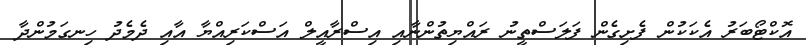
އޮކްޓޯބަރު އެކަކުން ފެށިގެން ފަލަސްތީނު ރައްޔިތުންނާއި އިސްރާއީލް އަސްކަރިއްޔާ އާއި ދެމެދު ހިނގަމުންދާ